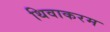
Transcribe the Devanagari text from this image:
थिवाकरम